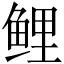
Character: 鲤